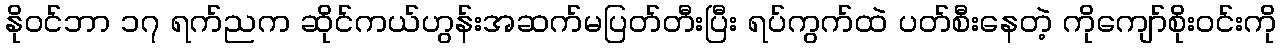
နိုဝင်ဘာ ၁၇ ရက်ညက ဆိုင်ကယ်ဟွန်းအဆက်မပြတ်တီးပြီး ရပ်ကွက်ထဲ ပတ်စီးနေတဲ့ ကိုကျော်စိုးဝင်းကို